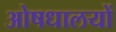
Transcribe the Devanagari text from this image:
ओषधालयों